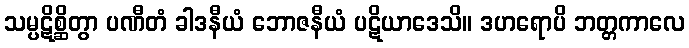
သမ္ပဋိစ္ဆိတွာ ပဏီတံ ခါဒနီယံ ဘောဇနီယံ ပဋိယာဒေသိ။ ဒဟရောပိ ဘတ္တကာလေ